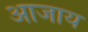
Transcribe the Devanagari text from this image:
आजाय